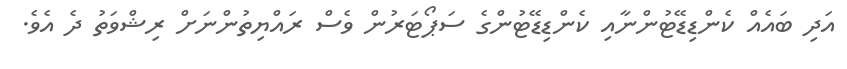
އަދި ބައެއް ކެންޑިޑޭޓުންނާއި ކެންޑިޑޭޓުންގެ ސަޕޯޓަރުން ވެސް ރައްޔިތުންނަށް ރިޝްވަތު ދެ އެވެ.